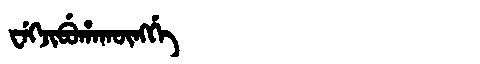
Manchu: ᠸᡝᡴᠵᡳᠪᡠᡥᠠᡴᡡᠩᡤᡝ
Romanization: WEKJIBUHAKŪNGGE